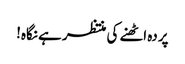
پردہ اٹھنے کی منتظر ہے نگاہ!